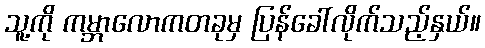
သူ့ကို ကမ္ဘာလောကတခုမှ ပြန်ခေါ်လိုက်သည့်နှယ်။